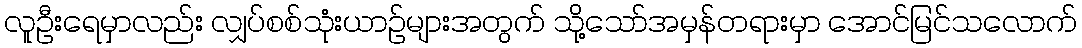
လူဦးရေမှာလည်း လျှပ်စစ်သုံးယာဉ်များအတွက် သို့သော်အမှန်တရားမှာ အောင်မြင်သလောက်